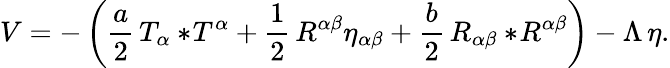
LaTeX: V=-\left({\frac{a}{2}}\, T_{\alpha}{}*\! T^{\alpha}+{\frac{1}{2}}\, R^{\alpha\beta}\eta_{\alpha\beta}+{\frac{b}{2}}\, R_{\alpha\beta}{}*\! R^{\alpha\beta}\right)-\Lambda\, \eta.